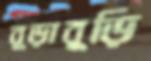
বুড়াবুড়ি